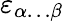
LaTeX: \varepsilon_{\alpha\dots\beta}